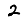
Digit: 2